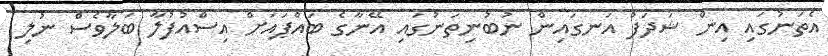
އެތަނުގައި އިން ޝަދަފު އަނގައިން ނުބުނިތަނުގައި އޭނާގެ ބައްޕައަށް އިސްއުފުލާ ބަލާވެސް ނުލި